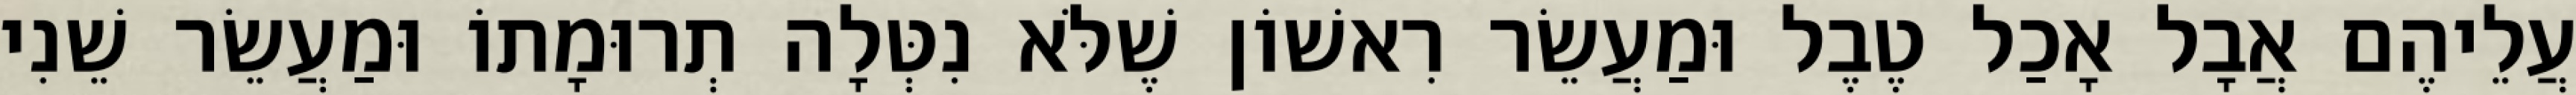
עֲלֵיהֶם אֲבָל אָכַל טֶבֶל וּמַעֲשֵׂר רִאשׁוֹן שֶׁלֹּא נִטְּלָה תְרוּמָתוֹ וּמַעֲשֵׂר שֵׁנִי